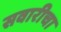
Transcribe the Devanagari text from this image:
सवारीचा